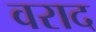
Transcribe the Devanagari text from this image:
वराद